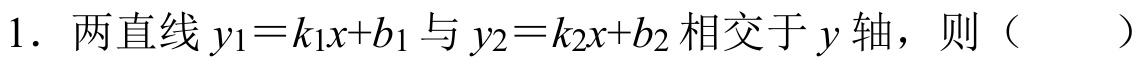
1. 两直线\(y_1 = k_1x + b_1\)与\(y_2 = k_2x + b_2\)相交于\(y\)轴，则（  ）